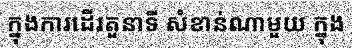
ក្នុងការដើរតួនាទី សំខាន់ណាមួយ ក្នុង